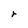
Character: r